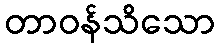
တာဝန်သိသော